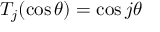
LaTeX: T _ { j } ( \cos \theta ) = \cos j \theta